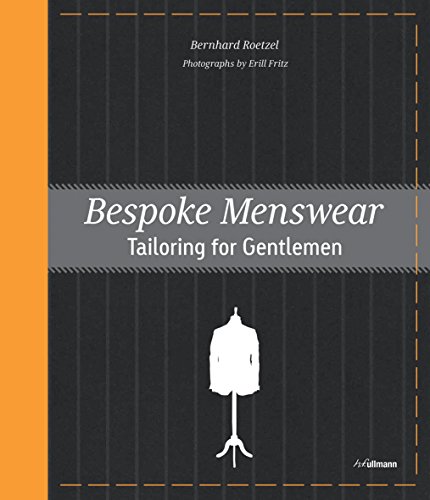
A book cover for Bespoke Menswear: Tailoring for Gentlemen; Bernhard Roetzel; Health, Fitness & Dieting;